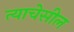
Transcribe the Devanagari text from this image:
त्याचेसील